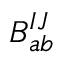
B _ { a b } ^ { I J }